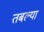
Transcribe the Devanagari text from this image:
तबल्या